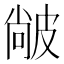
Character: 𤿼